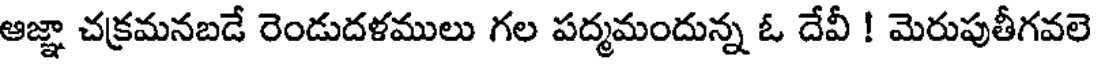
ఆజ్ఞా చక్రమనబడే రెండుదళములు గల పద్మమందున్న ఓ దేవీ ! మెరుపుతీగవలె